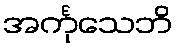
အင်္ကုသေဘိ